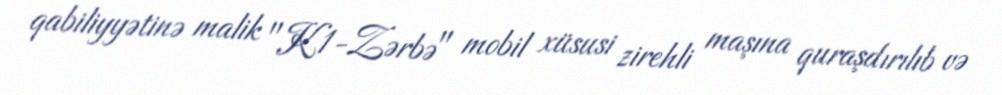
qabiliyyətinə malik "K1-Zərbə" mobil xüsusi zirehli maşına quraşdırılıb və